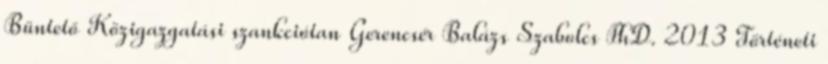
Büntető Közigazgatási szankciótan Gerencsér Balázs Szabolcs PhD. 2013 Történeti